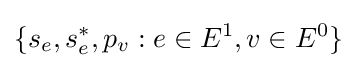
\{s_{e},s_{e}^{*},p_{v}:e\in E^{1},v\in E^{0}\}